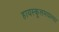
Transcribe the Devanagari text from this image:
हायस्कूलमधल्या